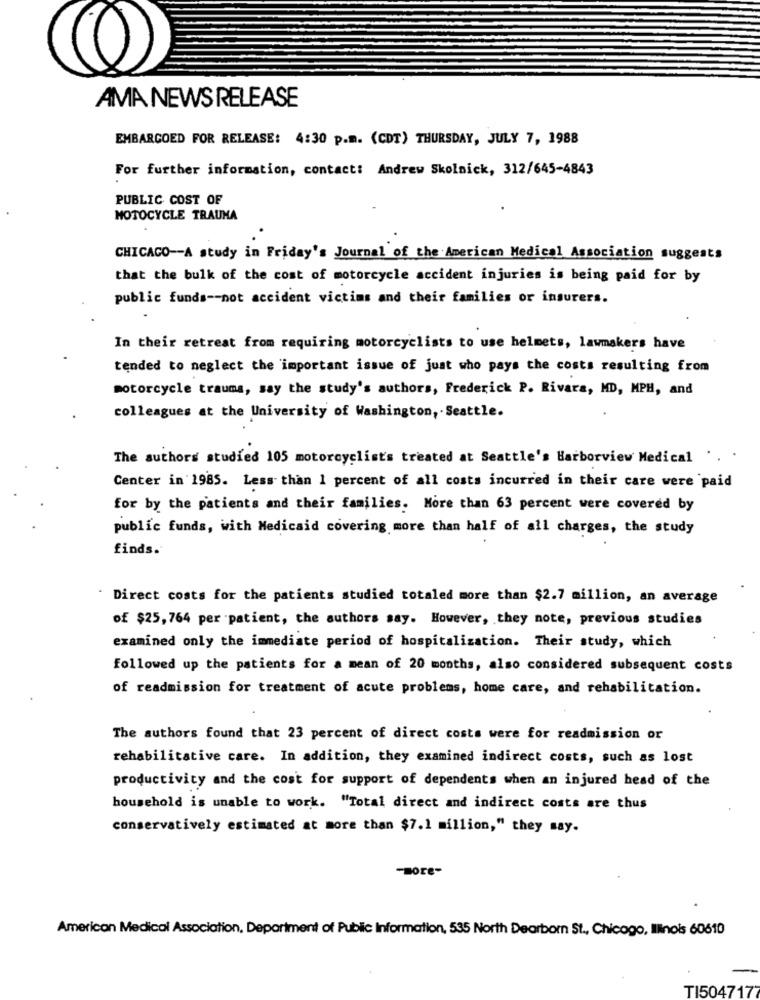
AMA NEWS RELEASE
EMBARGOED FOR RELEASE: 4:30 p.m. (CDT) THURSDAY, JULY 7, 1988
For further information, contact: Andrew Skolnick, 312/645-4843
PUBLIC COST OF
MOTOCYCLE TRAUMA
CHICAGO -- A study in Friday's Journal of the American Medical Association suggests
that the bulk of the cost of motorcycle accident injuries is being paid for by
public funds -- not accident victims and their families or insurers.
In their retreat from requiring motorcyclists to use helmets, lawmakers have
tended to neglect the important issue of just who pays the costs resulting from
motorcycle trauma, say the study's authors, Frederick P. Rivara, MD, MPH, and
colleagues at the University of Washington, . Seattle.
The authors studied 105 motorcyclist's treated at Seattle's Harborview Medical
..
Center in 1985. Less than 1 percent of all costs incurred in their care were paid
for by the patients and their families. More than 63 percent were covered by
public funds, with Medicaid covering more than half of all charges, the study
finds.
Direct costs for the patients studied totaled more than $2.7 million, an average
of $25, 764 per patient, the authors say. However, they note, previous studies
examined only the immediate period of hospitalization. Their study, which
followed up the patients for a mean of 20 months, also considered subsequent costs
of readmission for treatment of acute problems, home care, and rehabilitation.
The authors found that 23 percent of direct costs were for readmission or
rehabilitative care. In addition, they examined indirect costs, such as lost
productivity and the cost for support of dependents when an injured head of the
household is unable to work. "Total direct and indirect costs are thus
conservatively estimated at more than $7.1 million," they say.
-more-
American Medical Association, Department of Public Information, 535 North Dearborn St ., Chicago, Illinois 60610
TI504717